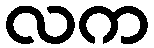
လက